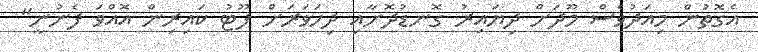
އެގޮތުން މިއަދުވެސް މޫދަށް ދިޔައިރު ގޮނޑުދޮށާއި ދިހަވަރަށް ފޫޓު ކައިރިން އޮއްވަ ފެނުނީ"